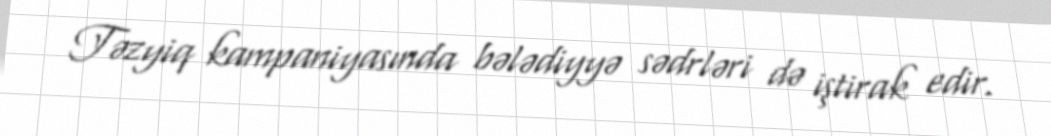
Təzyiq kampaniyasında bələdiyyə sədrləri də iştirak edir.